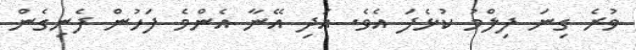
ވުރެ ގިނަ ފިލްމު ކުޅެފަ އެވެ. އަދި އޭނާ އެންމެ ފަހުން ފެނިގެން